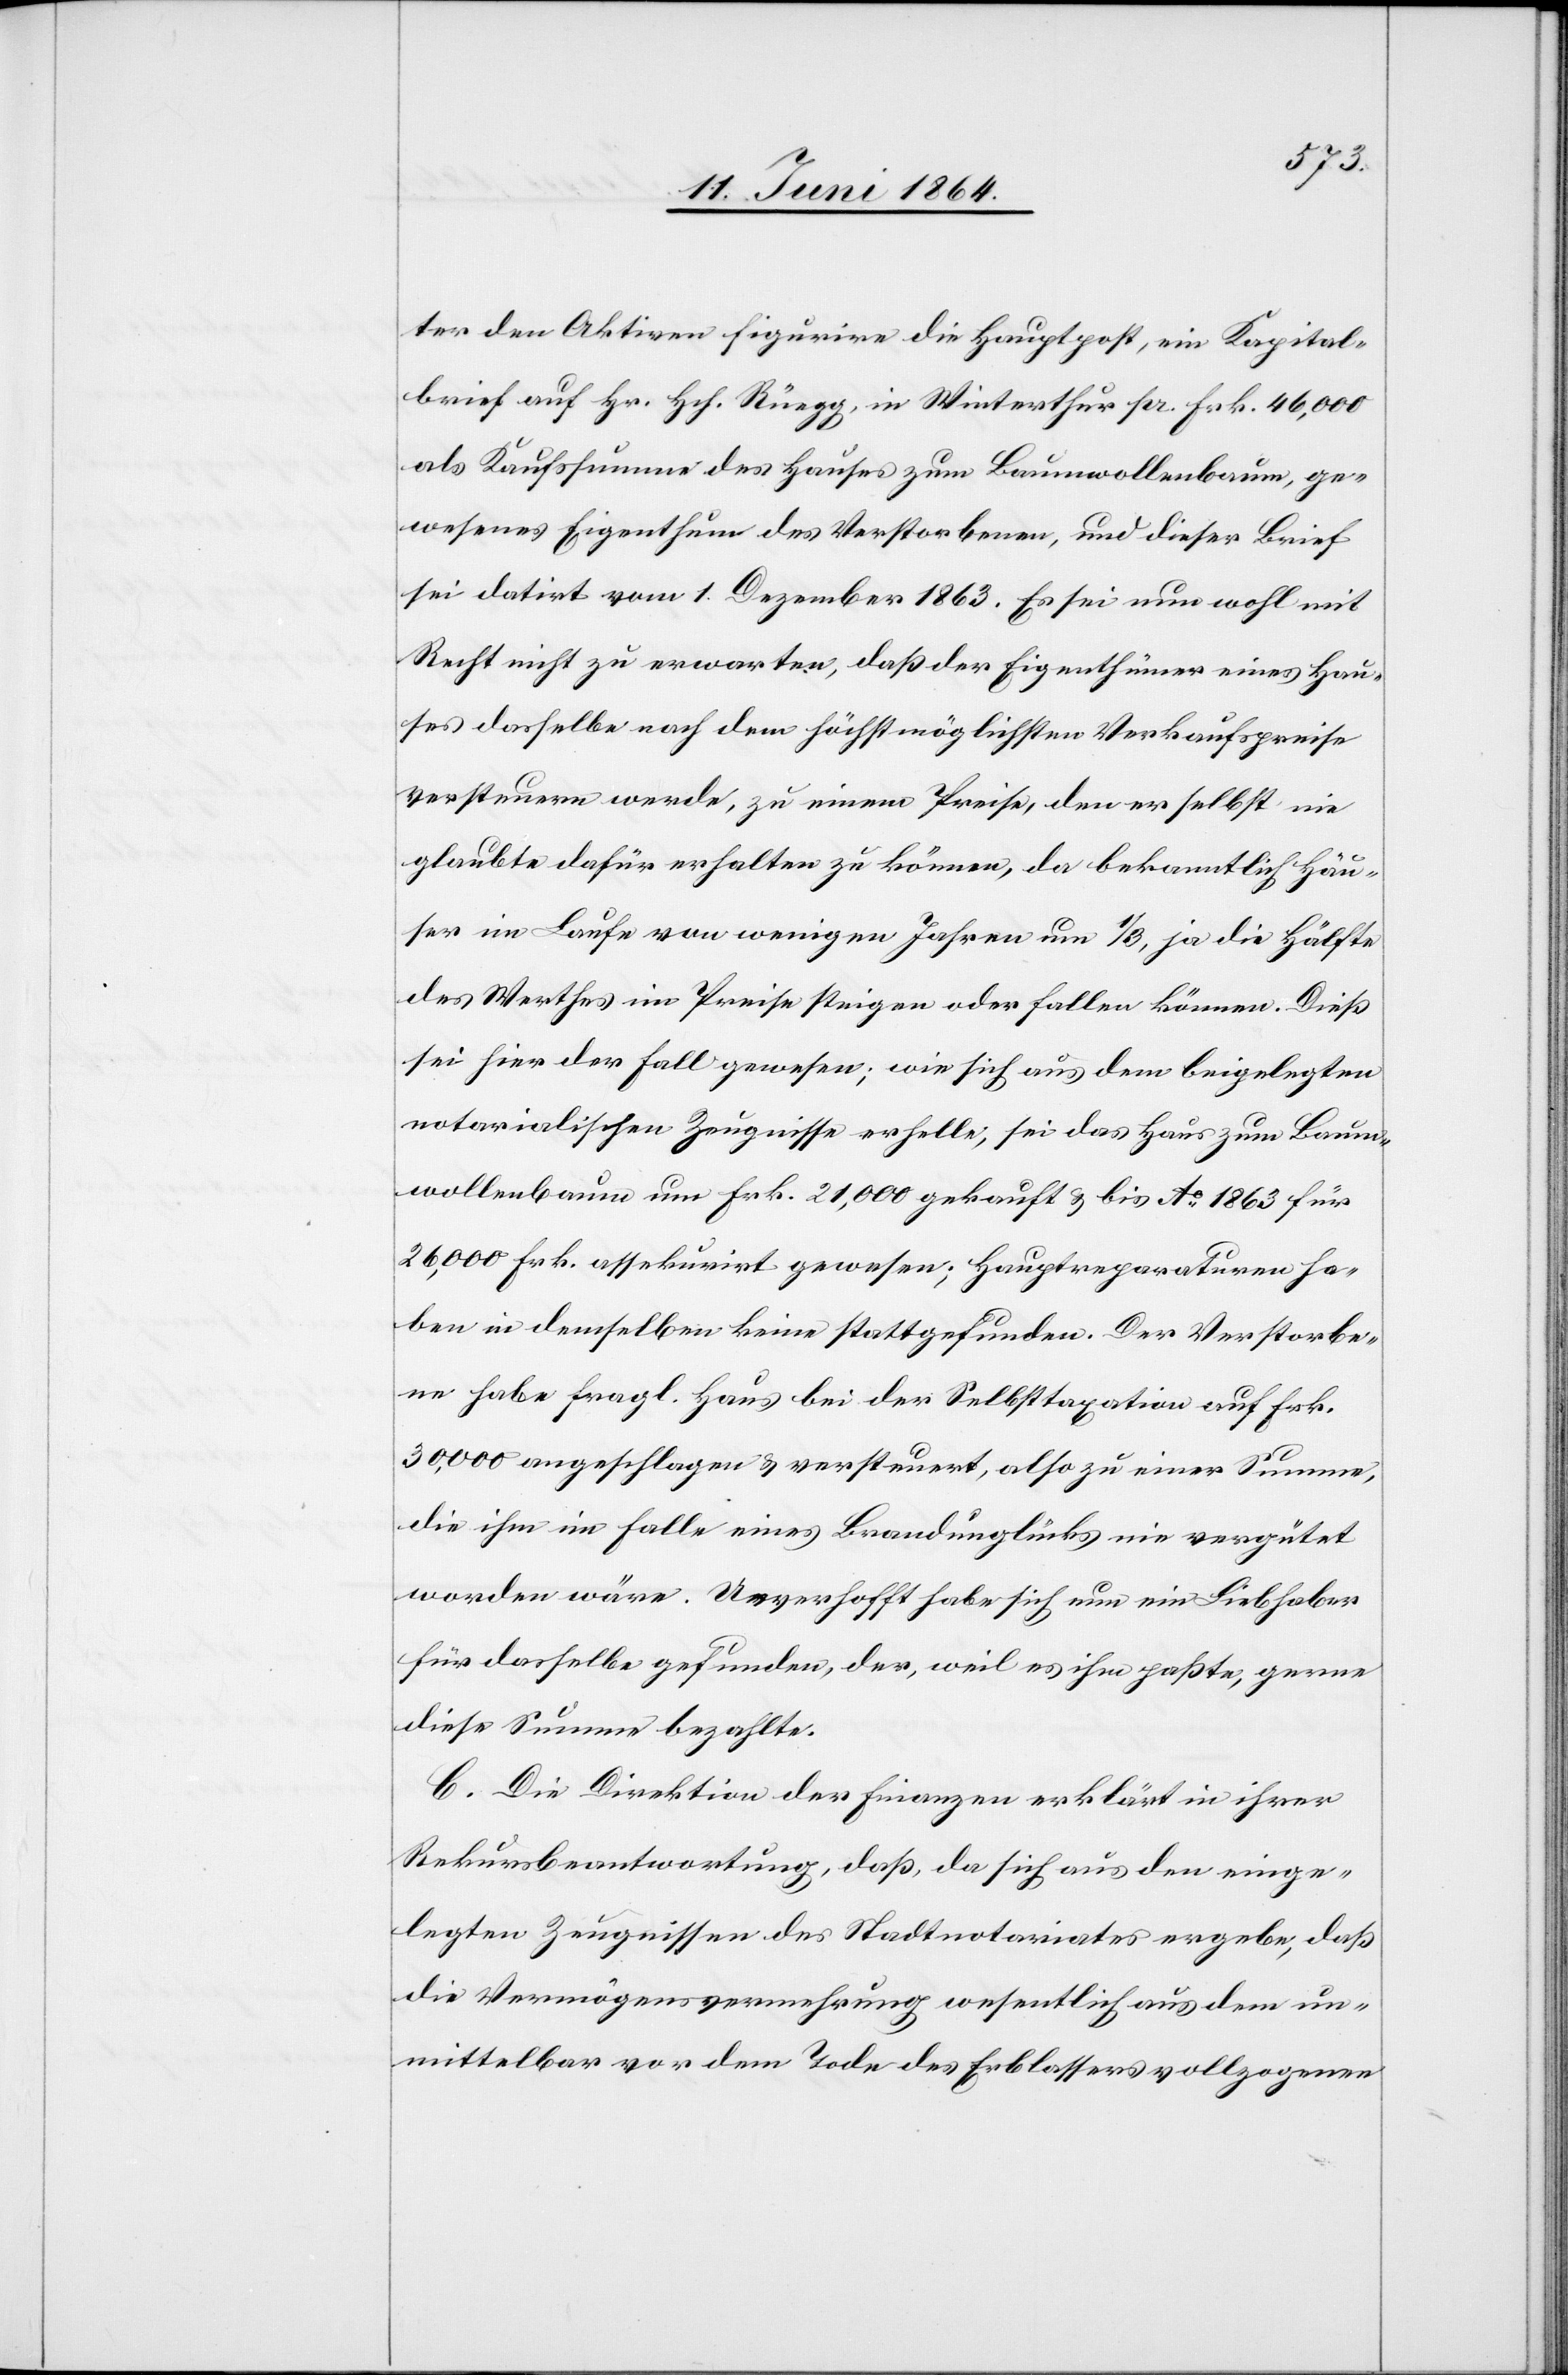
ter den Aktiven figuriere die Hauptpost, ein Kapital¬
brief auf Hr. Hch. Rüegg, in Winterthur pr. Frk. 46,000
als Kaufssumme des Hauses zum Baumwollenbaum, ge¬
wesenes Eigenthum des Verstorbenen, und dieser Brief
sei datirt vom 1. Dezember 1863. Es sei nun wohl mit
Recht nicht zu erwarten, daß der Eigenthümer eines Hau¬
ses dasselbe nach dem höchst möglichsten Verkaufspreise
versteuern werde, zu einem Preise, den er selbst nie
glaubte dafür erhalten zu können, da bekanntlich Häu¬
ser im Laufe von wenigen Jahren um 1/3, ja die Hälfte
des Werthes im Preise steigen oder fallen können. Dieß
sei hier der Fall gewesen; wie sich aus dem beigelegten
notarialischen Zeugnisse erhelle, sei das Haus zum Baum¬
wollbaum um Frk. 21,000 gekauft u. bis Ao 1863 für
26,000 Frk. assekurirt gewesen; Hauptreparaturen ha¬
ben in demselben keine stattgefunden. Der Verstorbe¬
ne habe fragl. Haus bei der Selbsttaxation auf Frk.
30,000 angeschlagen u. versteuert, also zu einer Summe,
die ihm im Falle eines Brandunglücks nie vergütet
worden wäre. Unverhofft habe sich nun ein Liebhaber
für dasselbe gefunden, der weil es ihm paßte, gerne
diese Summe bezahlte.
C. Die Direktion der Finanzen erklärt in ihrer
Rekursbeantwortung, daß, da sich aus den einge¬
legten Zeugnissen des Stadtnotariates ergebe, daß
die Vermögensvermehrung wesentlich aus dem un¬
mittelbar vor dem Tode des Erblassers vollzogenen